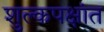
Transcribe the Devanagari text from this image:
शुल्कपक्षांत